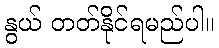
နွယ် တတ်နိုင်ရမည်ပါ။